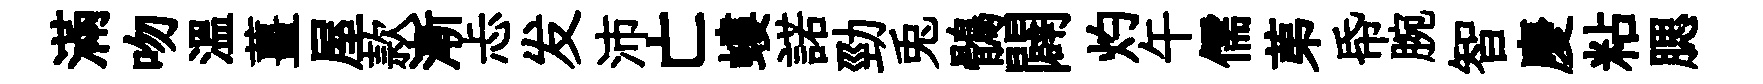
滿吻温薑屋款漸忐发沛亡螻諾勁兎鶻闢灼午儒苐帋腕智慶粘腮